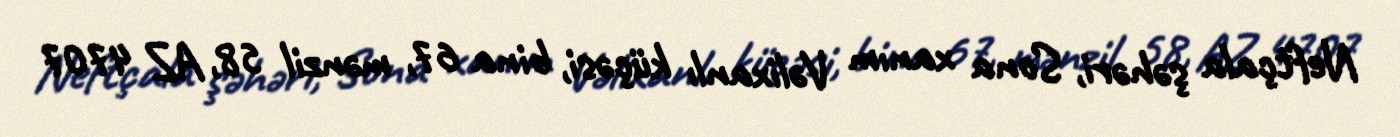
Neftçala şəhəri, Sona xanım Vəlixanlı küçəsi, bina 67, mənzil 58, AZ 4707